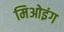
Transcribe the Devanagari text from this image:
मिओइंग